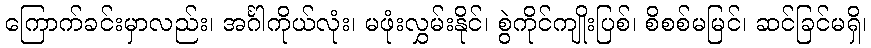
ကြောက်ခင်းမှာလည်း၊ အင်္ဂါကိုယ်လုံး၊ မဖုံးလွှမ်းနိုင်၊ စွဲကိုင်ကျိုးပြစ်၊ စိစစ်မမြင်၊ ဆင်ခြင်မရှိ၊